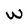
Character: W